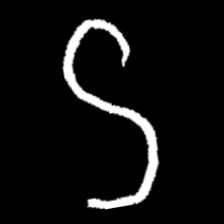
Pyu character \u2014 Myanmar letter: ဌ (romanized: ttha)